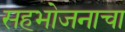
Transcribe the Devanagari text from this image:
सहभोजनाचा